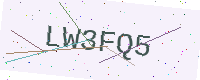
Text: LW3FQ5